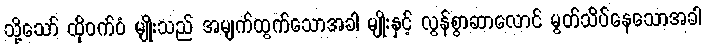
သို့သော် ထိုဝက်ဝံ မျိုးသည် အမျက်ထွက်သောအခါ မျိုးနှင့် လွန်စွာဆာလောင် မွတ်သိပ်နေသောအခါ